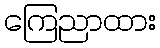
ကြေညာထား